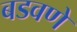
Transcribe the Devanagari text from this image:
बडवणे